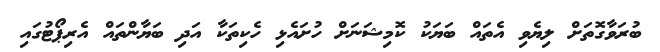
ބުރަވާގޮތަށް ލިޔެވި އެތައް ބަޔަކު ކޮމިޝަނަށް ހުށައެޅި ހެކިތަކާ އަދި ބަޔާންތައް އެރިޕޯޓުގައި